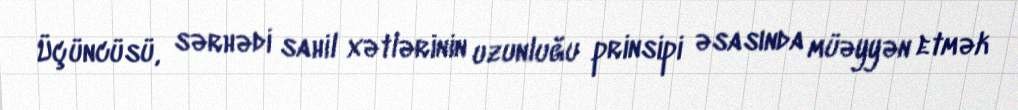
Üçüncüsü, sərhədi sahil xətlərinin uzunluğu prinsipi əsasında müəyyən etmək